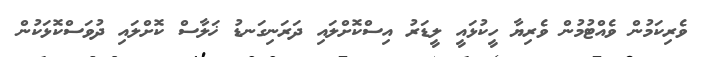
ވެރިކަމުން ވެއްޓުމުން ވެރިޔާ ހީކުޅައީ ލީޑަރު އިސްކޮށްލައި ދަރަނިގަނޑު ޚަލާސް ކޮށްލައި ދުވަސްކޮޅަކުން